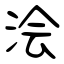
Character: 浍